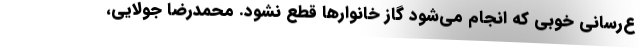
ع‌رسانی خوبی که انجام می‌شود گاز خانوارها قطع نشود. محمدرضا جولایی،